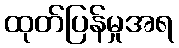
ထုတ်ပြန်မှုအရ